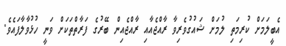
އެބީލަމަށް ކުރިމަތި ލުމަށް ޝައުގުވެރިވާ ރާއްޖެއާއި ރާއްޖެއިން ބޭރުގެ ފަރާތްތަކަށް ވަނީ ހުޅުވާލާފައެވެ.